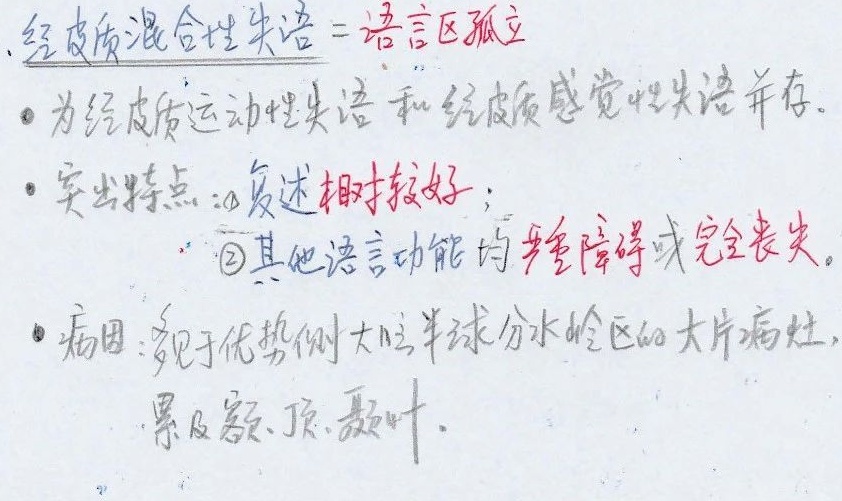
经皮质混合性失语 = 语言区孤立
- 为经皮质运动性失语和经皮质感觉性失语并存。
- 突出特点：\textcircled{1}复述相对较好；
- \textcircled{2}其他语言功能均严重障碍或完全丧失。
- 病因：见于优势侧大脑半球分水岭区的大片病灶，累及额、顶、颞叶。